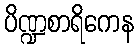
ပိဏ္ဍစာရိကေန